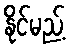
နိုင်မည့်